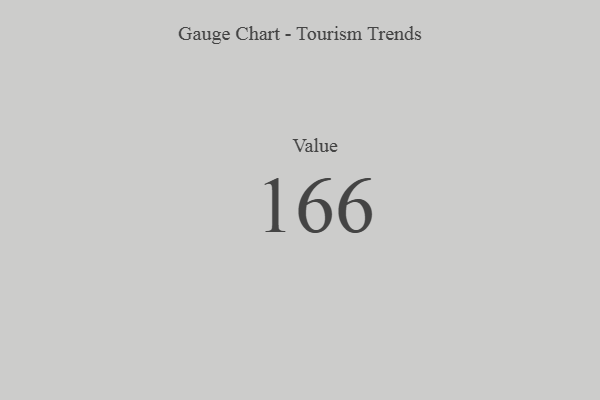
{"axis": {"x": "Metric", "y": "Value"}, "legend": [""], "data": [{"x": "Value", "y": 166, "type": ""}]}